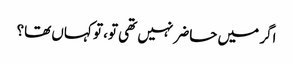
اگر میں حاضر نہیں تھی تو، تو کہاں تھا؟